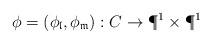
LaTeX: \begin{align*} \phi = (\phi_{\mathfrak l}, \phi_{\mathfrak m}): C \to \P^1\times\P^1\end{align*}